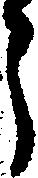
う